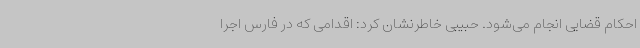
احکام قضایی انجام می‌شود. حبیبی خاطرنشان کرد: اقدامی که در فارس اجرا